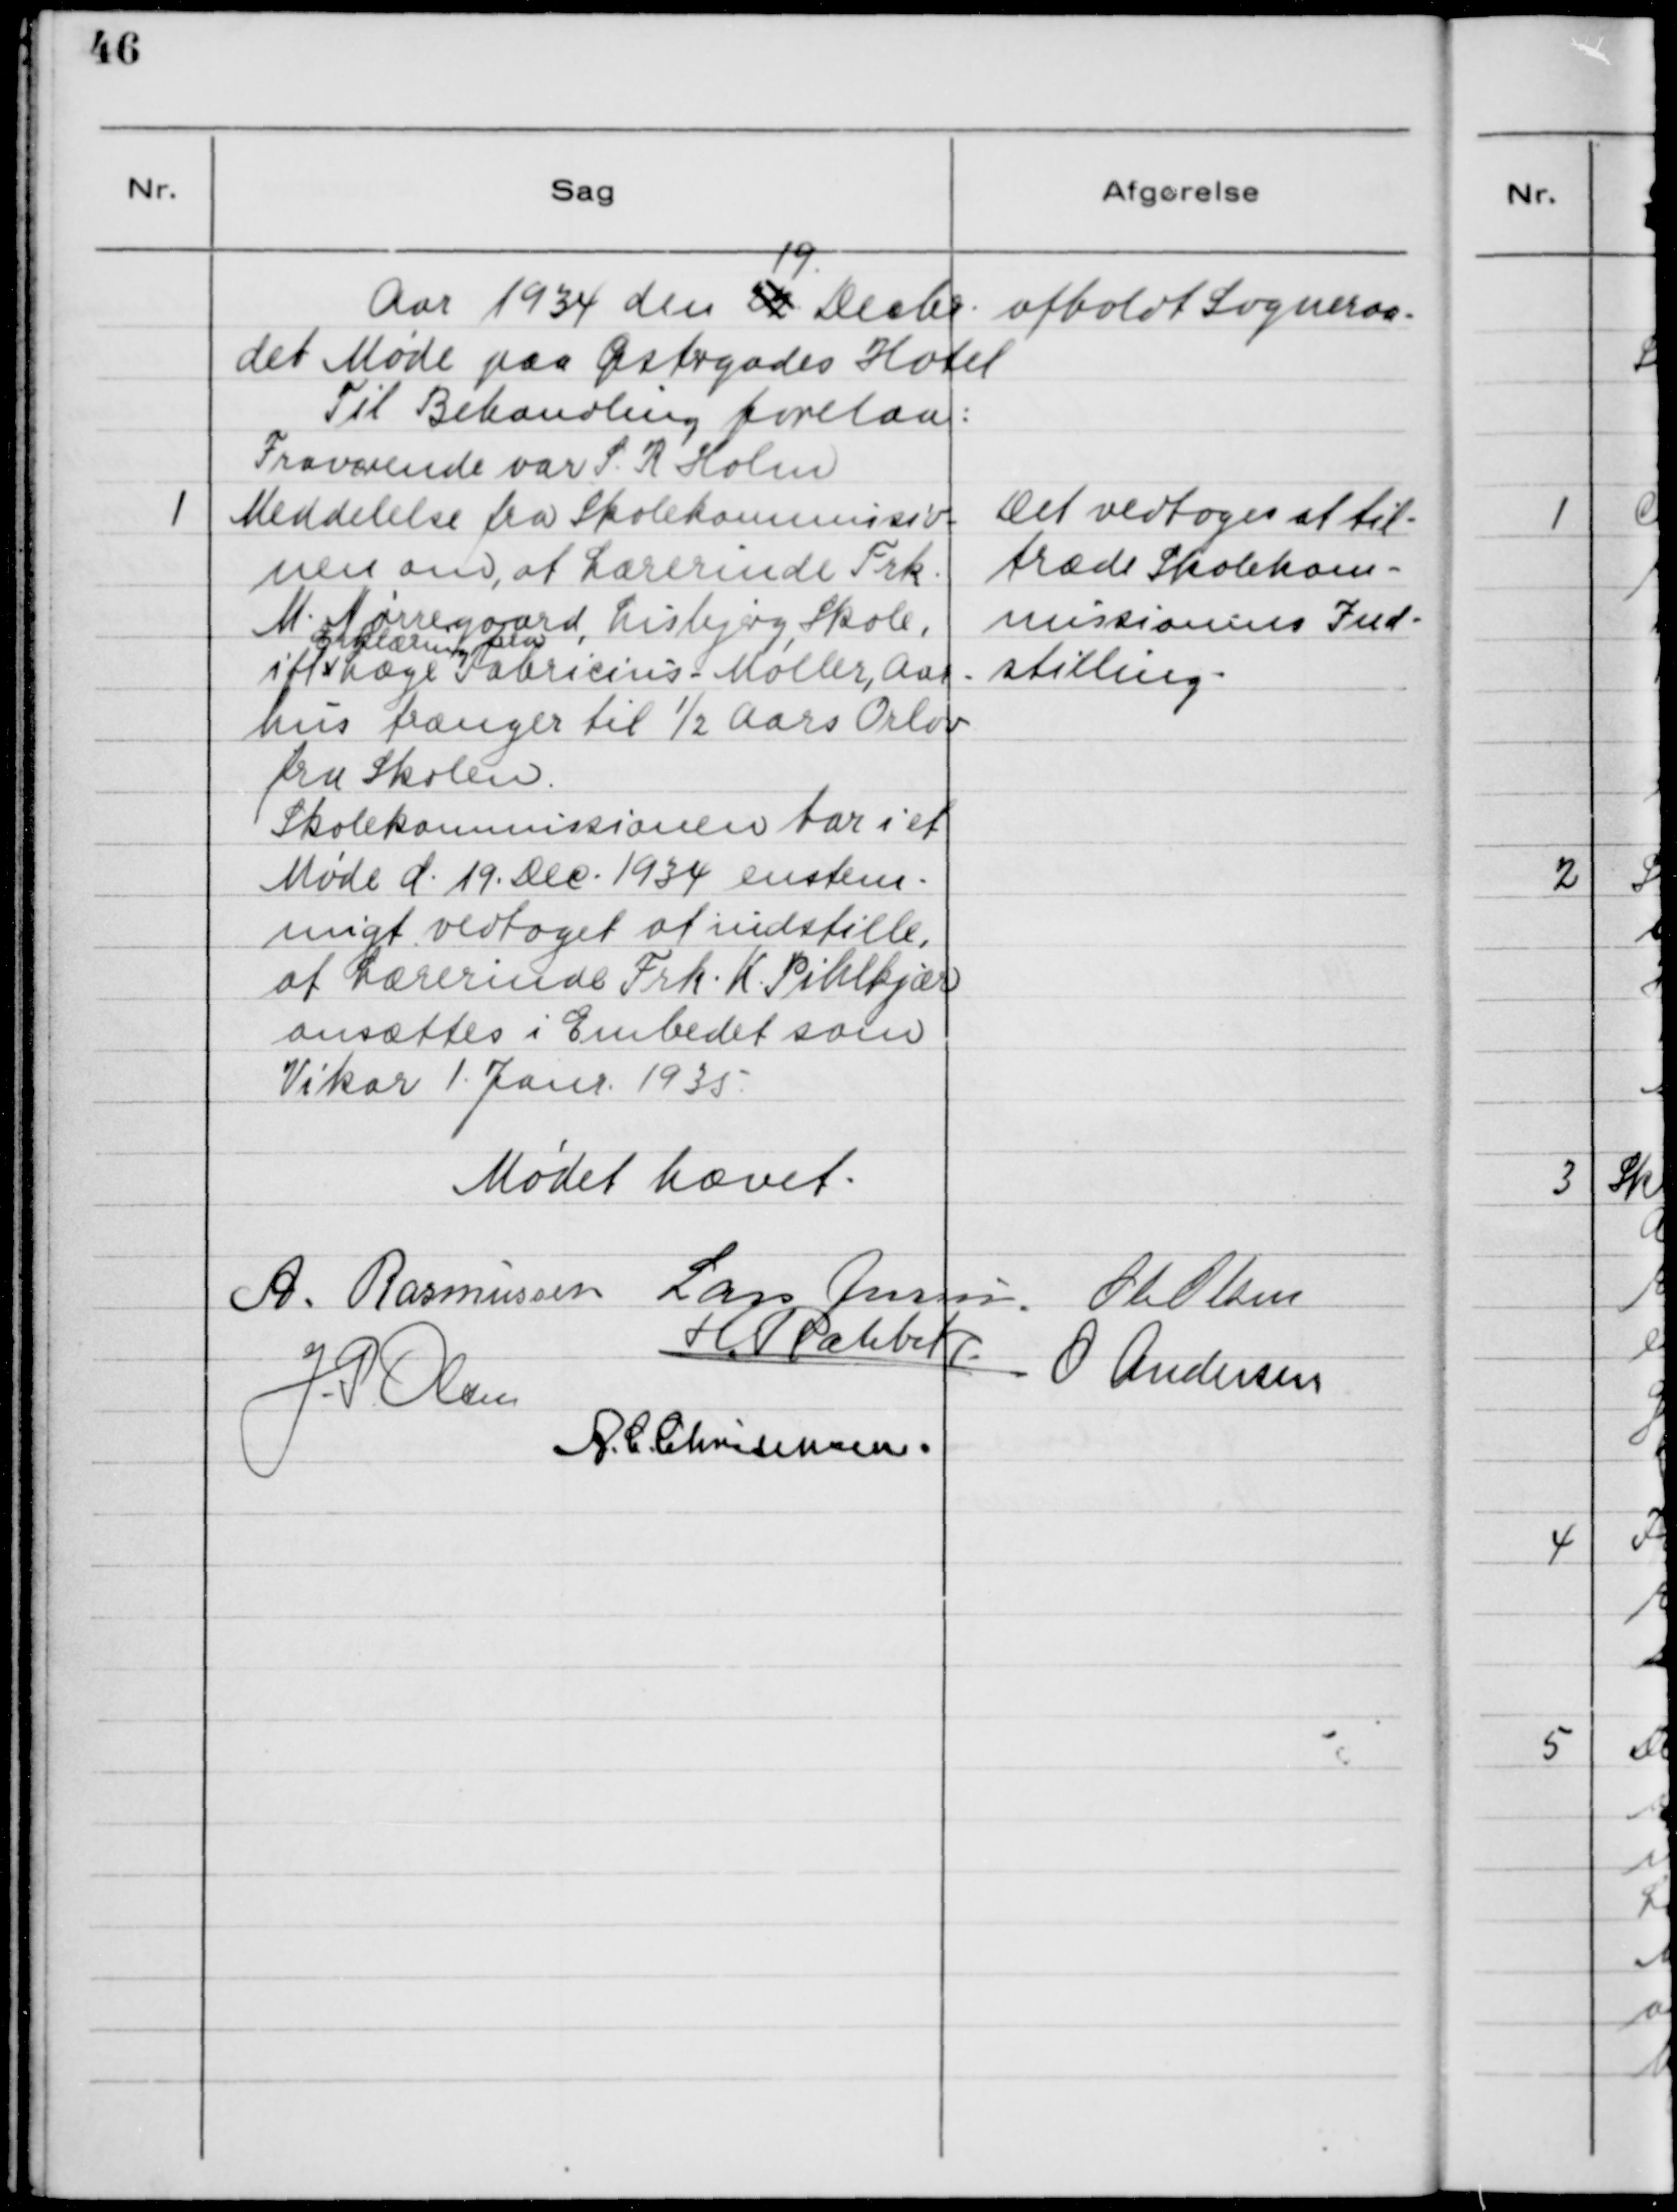
Transskription:
19.
Aar 1934 den 22 Decbr. afholdt Sogneraa- 
det Møde paa Østergades Hotel.
Til Behandling forelaa:
Fraværende var S. R. Holm

1

Meddelse fra Skolekommissio-
nen om, at Lærerinde Frk.
M. Nørregaard, Lisbjerg Skole,
ifl. Læge Fabricius-Møller, Aar-
Erklæring fra
hus trænger til 1/2 Aars Orlov
fra Skolen.
Skolekommissionen har i et
Møde d. 19. Dec. 1934 enstem-
migt vedtaget at indstille,
at Lærerinde Frk. K. Pihlkjær 
ansættes i embedet som
Vikar 1. Janr. 1935

Det vedtoges at til-
træde Skolekom-
missionens Ind-
stilling.

Mødet hævet.